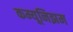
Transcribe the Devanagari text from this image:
कम्यूनिझम